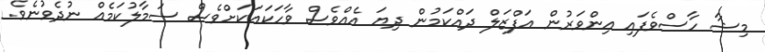
މިޝާ ހާސްވެފައި އިންވަރުން އަފްޒަލް ދައްކަމުން ދިޔަ އެއްވެސް ވާހަކައަކަށްވެސް ސަމާލުކަމެއް ނުދެވުނެވެ.